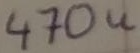
Text: 470u